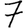
Digit: 7